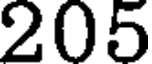
205